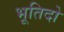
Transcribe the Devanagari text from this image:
भूतिदो